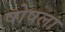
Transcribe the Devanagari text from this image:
षोषला